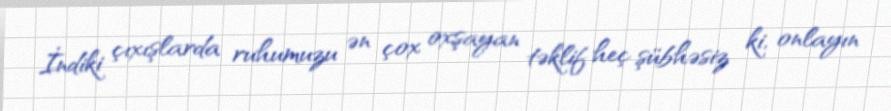
İndiki çıxışlarda ruhumuzu ən çox oxşayan təklif heç şübhəsiz ki, onlayın